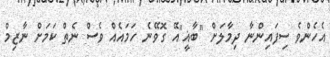
އެހެންވެ ސިފައިންނާ ދިމާލަށް "ބާޣީ"އޭ ގޮވޭނެ ހަމައެއް ވެސް ނެތް ކަމަށް ނާޒިމް